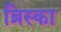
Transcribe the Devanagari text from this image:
ब्रिस्का